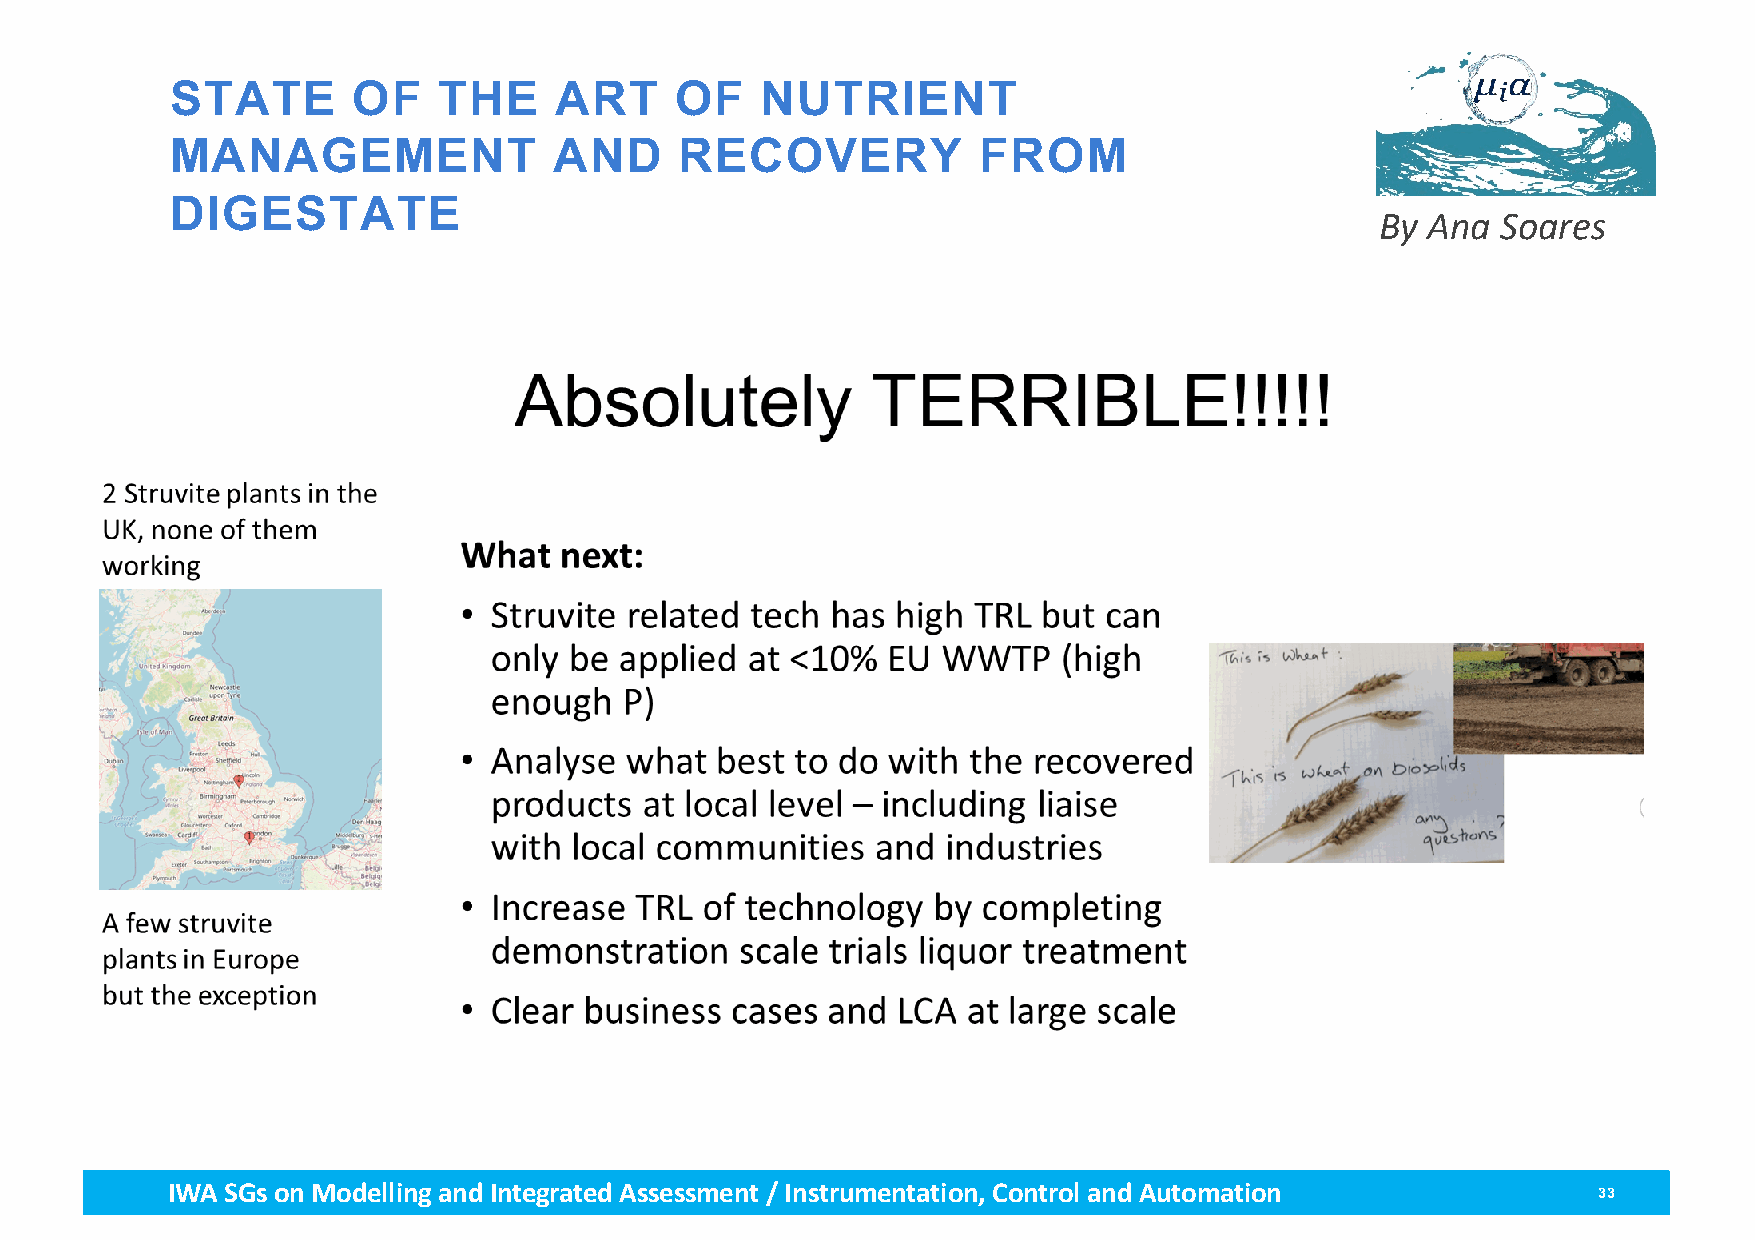
STATE       OF    THE     ART     OF   NUTRIENT
 MANAGEMENT                AND     RECOVERY            FROM
 DIGESTATE
 By Ana  Soares
 IWA SGs on Modellingand Integrated Assessment / Instrumentation, Control and Automation        33